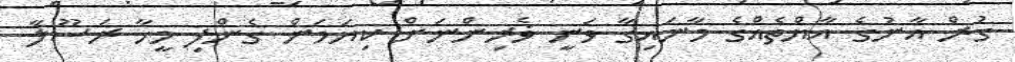
ގުރް އާނުގެ އާޔްތެއްގެ މާނައިގާ ވަނީ ޥެރިންނަށް ކިޔަމަން ގެންފި މީހާ ރަސޫލާ